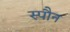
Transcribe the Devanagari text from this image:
स्पौन